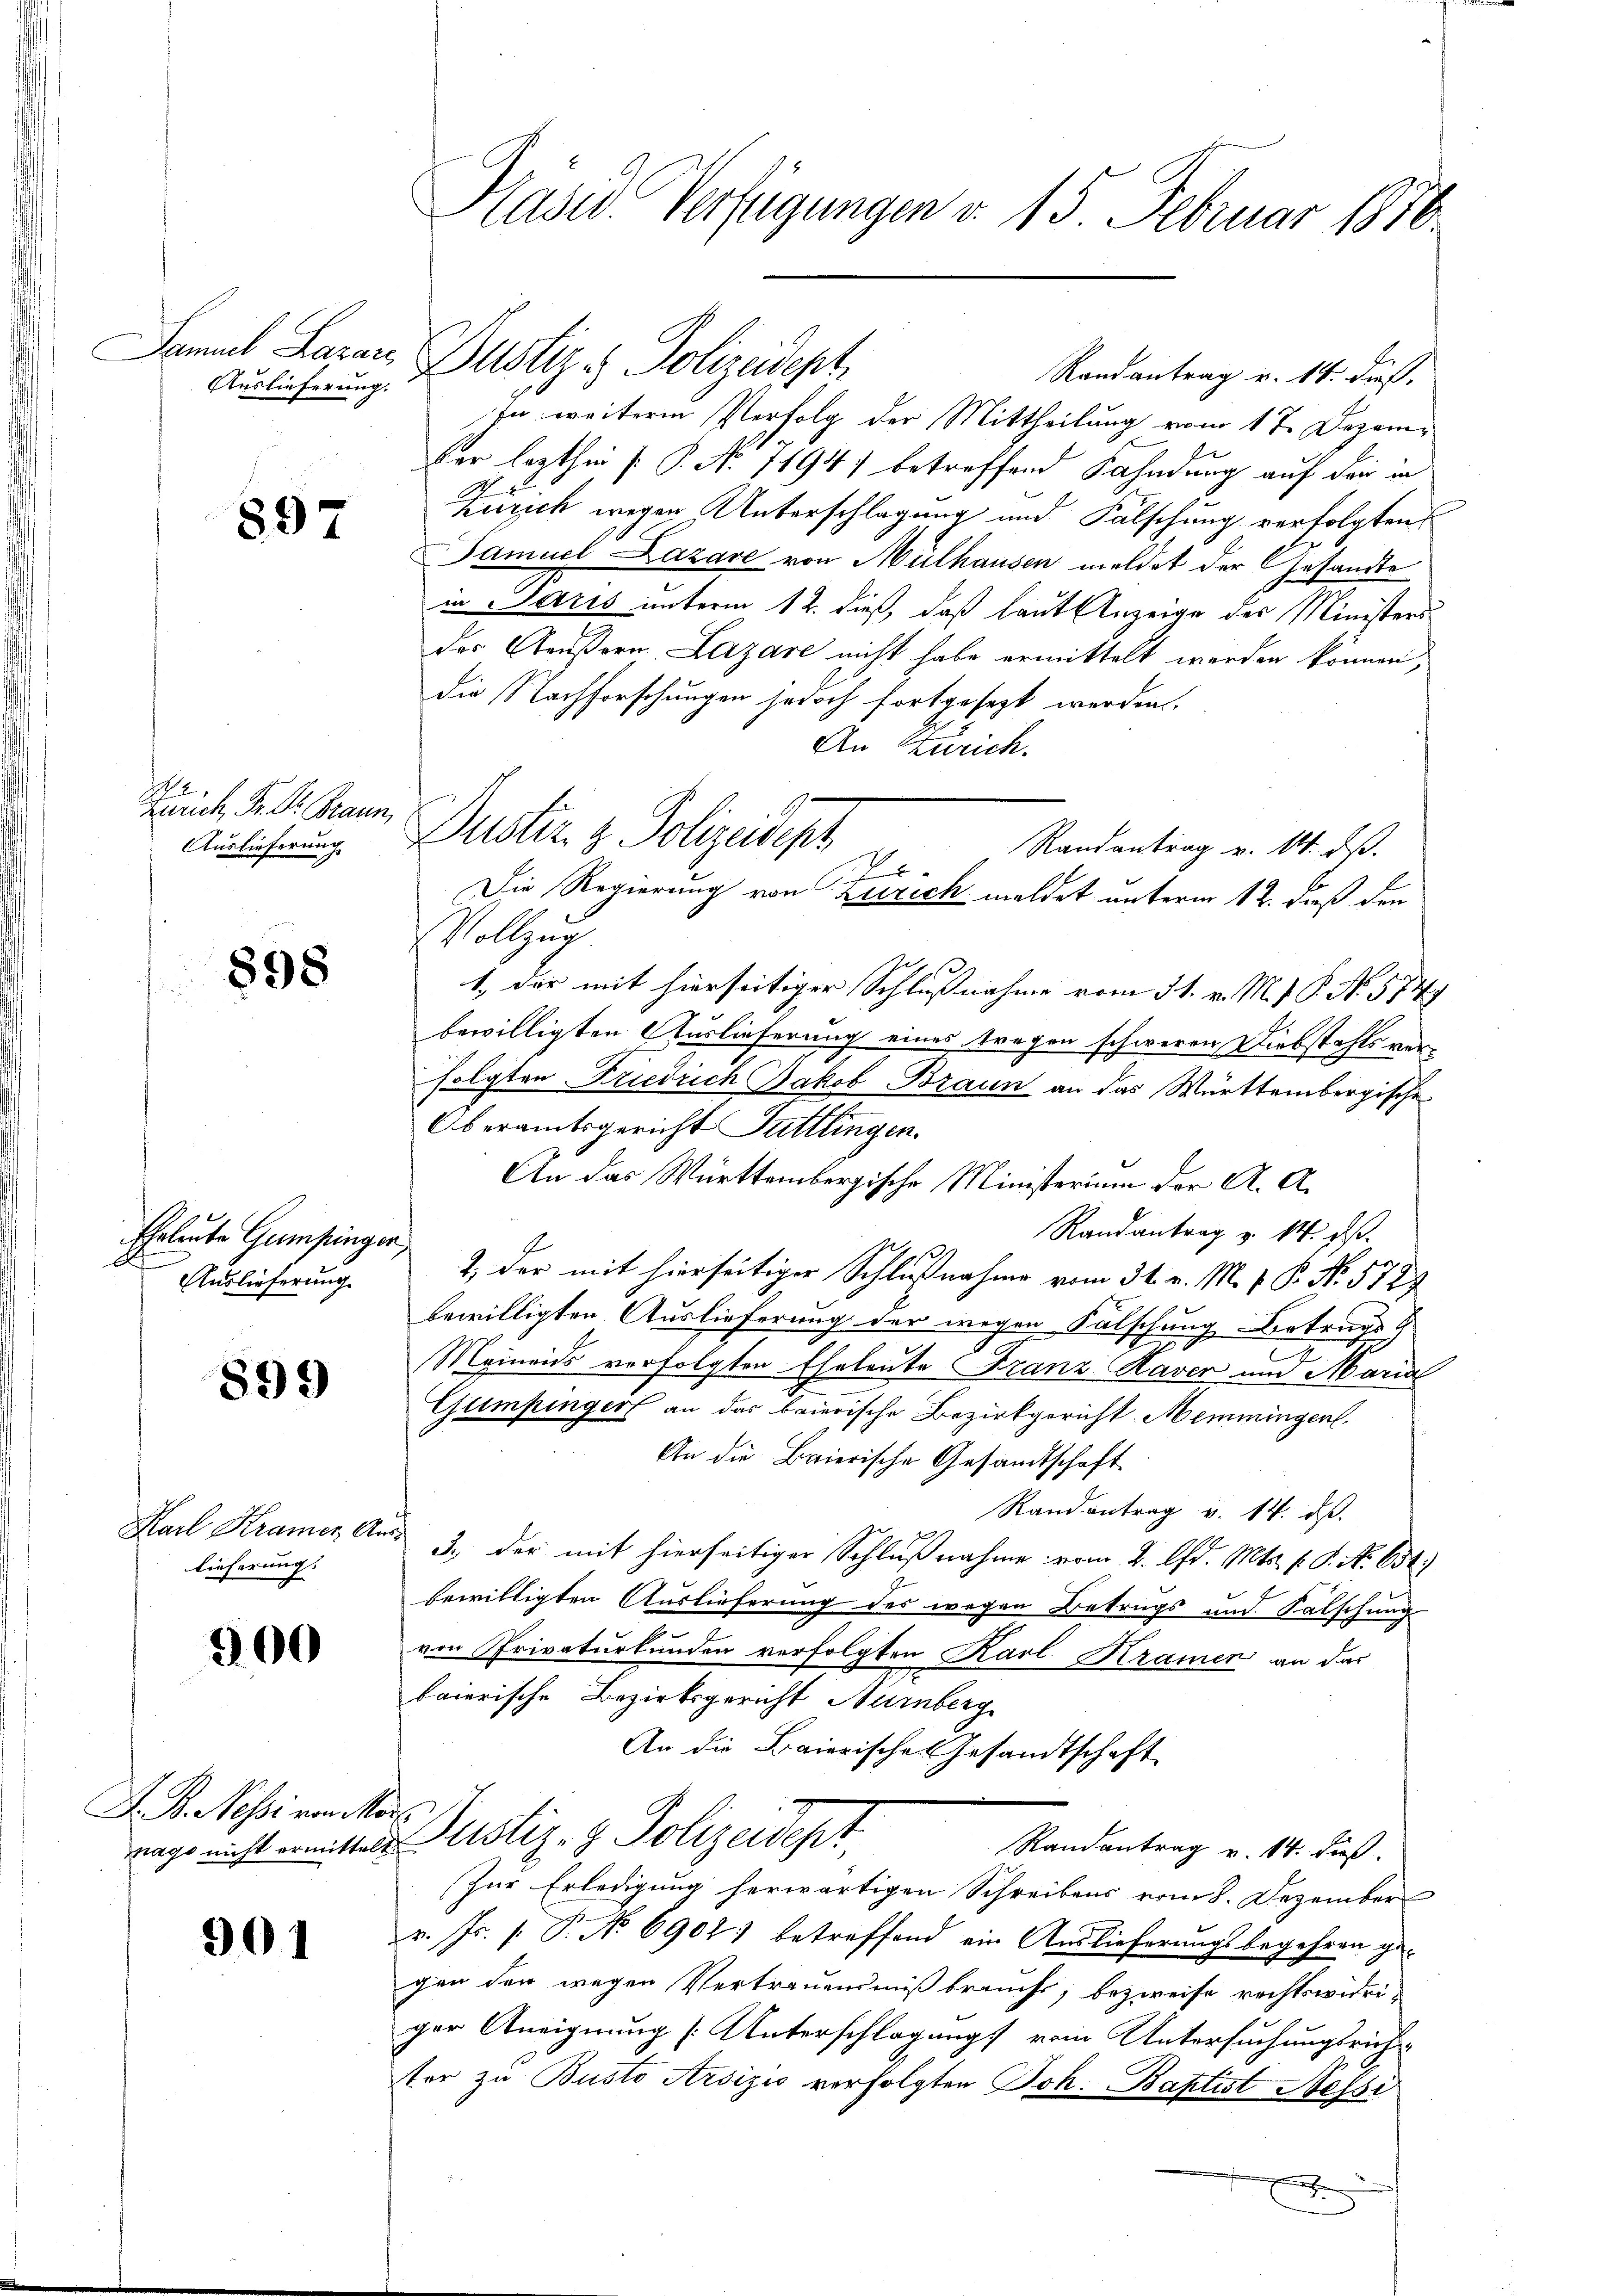
Auslieferung.

897

Zürich, Fr. Dr. Braun,
Auslieferung

898

Ehrleute Gumpinger,
Auslieferung

899

lieferung.

300

A. B. Nessi von M.

901

Häser Verfügungen v. 15. Februar 1876

Randantrag v. 14. dieß.
In weitere Verfolg der Mittheilung vom 1te Dezemder lezthin (: P. Nr. 7194) betreffend Fahndung auf den in
Zürich wegen Unterschlagung und Falschung verfolgten
Samuel Lazare von Mülhausen meldet der Gesandte
in Paris unterm 12. dieß, daß laut Anzeige der Ministers
des Aeußern, Lazare nicht habe ermittelt werden können,
die Nachforschungen jedoch fortgesezt werden.
An Zürich.
Vollzu
1., der mit hierseitiger Schlußnahme vom 31. v. M. V. P. No. 574
bewilligten Auslieferung eines tragen schweren Diebstahls verfolgten Friedrich Jakob Braun an das Württembergische
Oberamtsgericht Tuttlingen.
An das Württembergische Ministerium der A. A.
Randantrag v. 14. ds.
2., der mit hierseitiger Schlußnahme vom 31. v. M. v. P. Nr. 5727
bewilligten Auslieferung der wegen Fälschung Betrugs
Meinends verfolgten Eheleute Franz Raven und Marial
Gumpinger an das baierische Bezirkgericht Memmingen.
An die Baierische Gesandtschaft.
Randantrag v. 14. ds.
Karl Kramer Art. 3. der mit hierseitiger Schlußnahme vom 2. Ad. Mts. f. P. No. 654.)
bewilligten Auslieferung des wegen Betrugs und Falschung
von Privaturkunden verfolgten Karl Kramen an das
baierische Bezirksgericht Nürnberg
An die Baiorische Gesandtschaft
e
nage nicht ermittelt Justiz- & Polizeidept
Randantrag v. 14. Fuß.
Zur Erledigung herwärtigen Schreibens vom 8. Dezember
v. Js. s. P. No 6902) betreffend ein Auslieferungsbegehren ge-
gen der wegen Vertrauensmißbraucht, bezweife rechtswidriger Aneignung [Unterschlagung vom Untersuchungsrichter zu Busto Arsizio verfolgten Joh. Baptist Nessi
E

Samuel Baren Justiz & Polizeidept

Dustiz & Polizeidept
Randantrag v. 14. ds.
h
Die Regierung von Zürich meldet unterm 12. dieß den